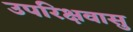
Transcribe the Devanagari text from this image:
उपरिक्षवासु